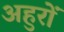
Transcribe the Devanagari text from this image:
अहुरों